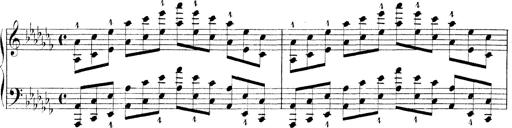
Title: Technische Studien
Composer: Franz Liszt